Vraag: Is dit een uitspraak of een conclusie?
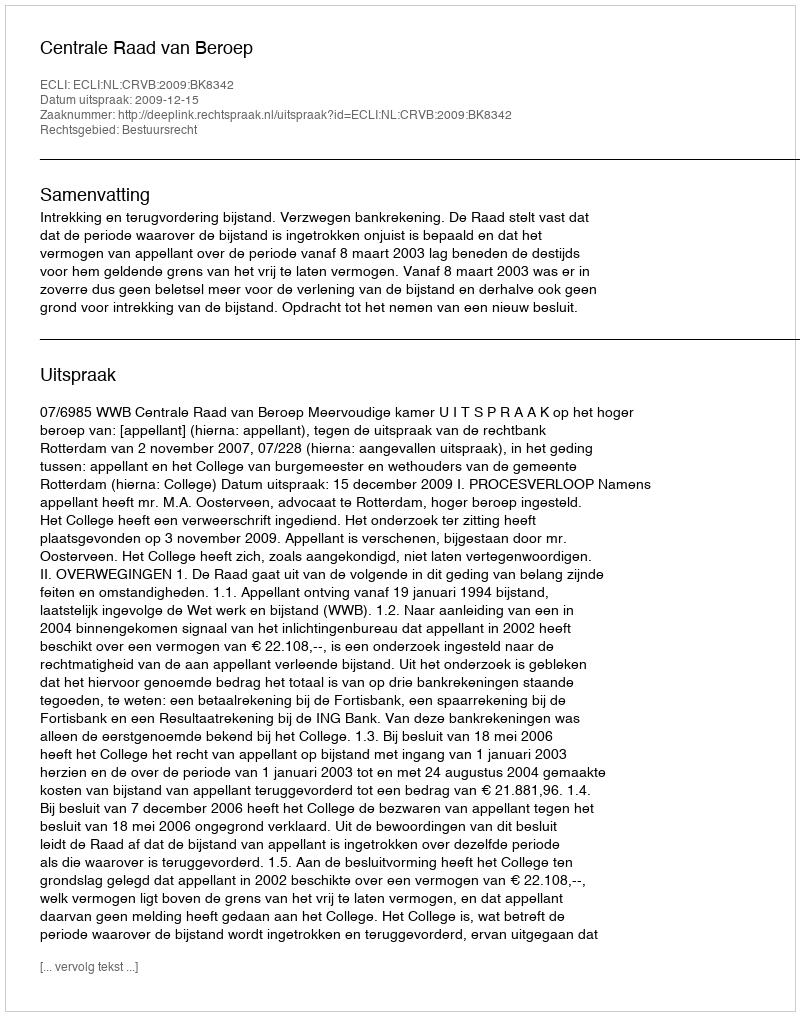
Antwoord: Uitspraak